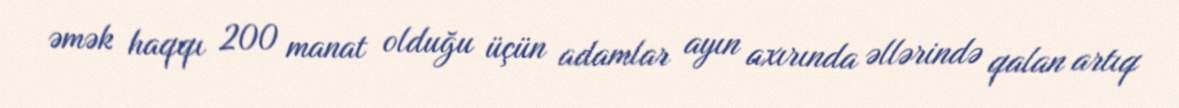
əmək haqqı 200 manat olduğu üçün adamlar ayın axırında əllərində qalan artıq